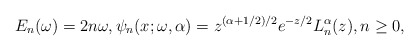
\begin{gather*} E_{n}( \omega ) =2n\omega, \psi _{n}(x;\omega,\alpha) =z^{( \alpha +1/2) /2}e^{-z/2}L_{n}^{\alpha }(z),n\geq 0, \end{gather*}